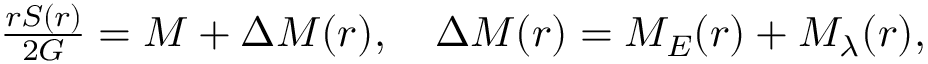
\begin{array} { r } { \frac { r S ( r ) } { 2 G } = M + \Delta M ( r ) , \quad \Delta M ( r ) = M _ { E } ( r ) + M _ { \lambda } ( r ) , } \end{array}